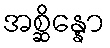
အစ္ဆိန္နော